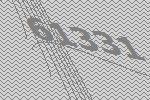
61331